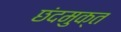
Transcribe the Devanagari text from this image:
छंदमुक्त